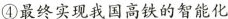
④最终实现我国高铁的智能化